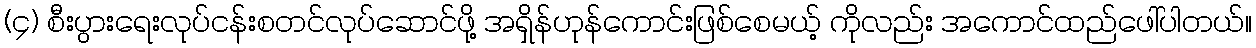
(၄) စီးပွားရေးလုပ်ငန်းစတင်လုပ်ဆောင်ဖို့ အရှိန်ဟုန်ကောင်းဖြစ်စေမယ့် ကိုလည်း အကောင်ထည်ဖေါ်ပါတယ်။